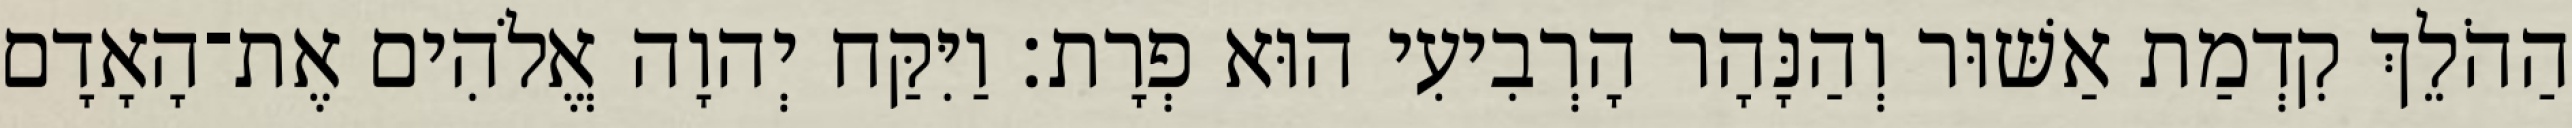
הַהֹלֵךְ קִדְמַת אַשּׁוּר וְהַנָּהָר הָרְבִיעִי הוּא פְרָת׃ וַיִּקַּח יְהוָה אֱלֹהִים אֶת־הָאָדָם